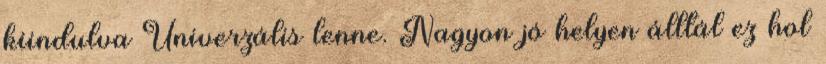
kiindulva Univerzális lenne. Nagyon jó helyen álltál ez hol